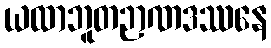
ယထာဘူတဉာဏဒဿနေ